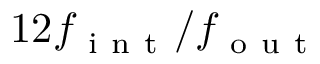
1 2 f _ { \mathrm { ~ i ~ n ~ t ~ } } / f _ { \mathrm { ~ o ~ u ~ t ~ } }